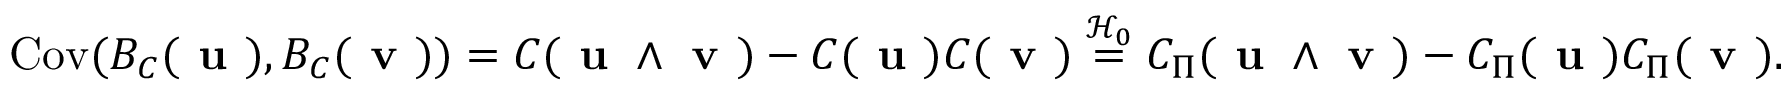
\mathrm { C o v } ( B _ { C } ( \normalfont { \textbf { u } } ) , B _ { C } ( \normalfont { \textbf { v } } ) ) = C ( \normalfont { \textbf { u } \wedge \textbf { v } } ) - C ( \normalfont { \textbf { u } } ) C ( \normalfont { \textbf { v } } ) \overset { \mathcal { H } _ { 0 } } { = } C _ { \Pi } ( \normalfont { \textbf { u } \wedge \textbf { v } } ) - C _ { \Pi } ( \normalfont { \textbf { u } } ) C _ { \Pi } ( \normalfont { \textbf { v } } ) .